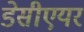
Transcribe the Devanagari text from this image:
डेसीएयर